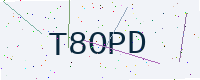
Text: T8OPD